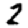
Digit: 2